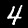
Digit: 4